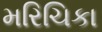
મરિચિકા